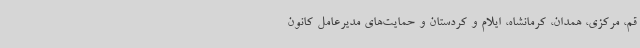
قم، مرکزی، همدان، کرمانشاه، ایلام و کردستان و حمایت‌های مدیرعامل کانون